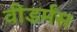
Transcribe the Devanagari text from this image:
वीडर्मंस